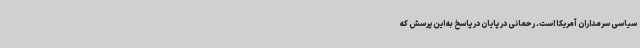
سیاسی سرمداران آمریکا است. رحمانی در پایان در پاسخ به این پرسش که